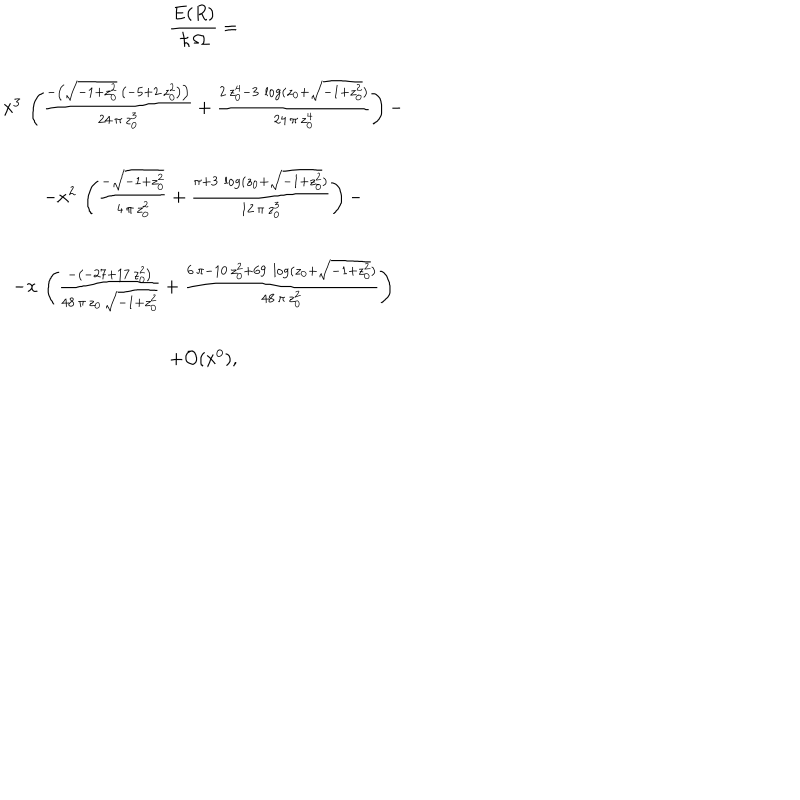
\begin{array} { c } { { \displaystyle { \frac { E ( R ) } { \hbar \, \Omega } = } } } \\ { { x ^ { 3 } \, \left( \frac { - \left( { \sqrt { - 1 + z _ { 0 } ^ { 2 } } } \, \left( - 5 + 2 \, z _ { 0 } ^ { 2 } \right) \right) } { 2 4 \, \pi \, z _ { 0 } ^ { 3 } } + \frac { 2 \, z _ { 0 } ^ { 4 } - 3 \, \log ( z _ { 0 } + { \sqrt { - 1 + z _ { 0 } ^ { 2 } } } ) } { 2 4 \, \pi \, z _ { 0 } ^ { 4 } } \right) - } } \\ { { - x ^ { 2 } \, \left( \frac { - { \sqrt { - 1 + z _ { 0 } ^ { 2 } } } } { 4 \, \pi \, z _ { 0 } ^ { 2 } } + \frac { \pi + 3 \, \log ( z _ { 0 } + { \sqrt { - 1 + z _ { 0 } ^ { 2 } } } ) } { 1 2 \, \pi \, z _ { 0 } ^ { 3 } } \right) - } } \\ { { - x \, \left( \frac { - \left( - 2 7 + 1 7 \, z _ { 0 } ^ { 2 } \right) } { 4 8 \, \pi \, z _ { 0 } \, { \sqrt { - 1 + z _ { 0 } ^ { 2 } } } } + \frac { 6 \, \pi - 1 0 \, z _ { 0 } ^ { 2 } + 6 9 \, \log ( z _ { 0 } + { \sqrt { - 1 + z _ { 0 } ^ { 2 } } } ) } { 4 8 \, \pi \, z _ { 0 } ^ { 2 } } \right) } } \\ { { + { \cal O } ( x ^ { 0 } ) , } } \\ \end{array}